Vaccine operations Central Provinces 1886-1899 - 1886-1899
Year: 1886
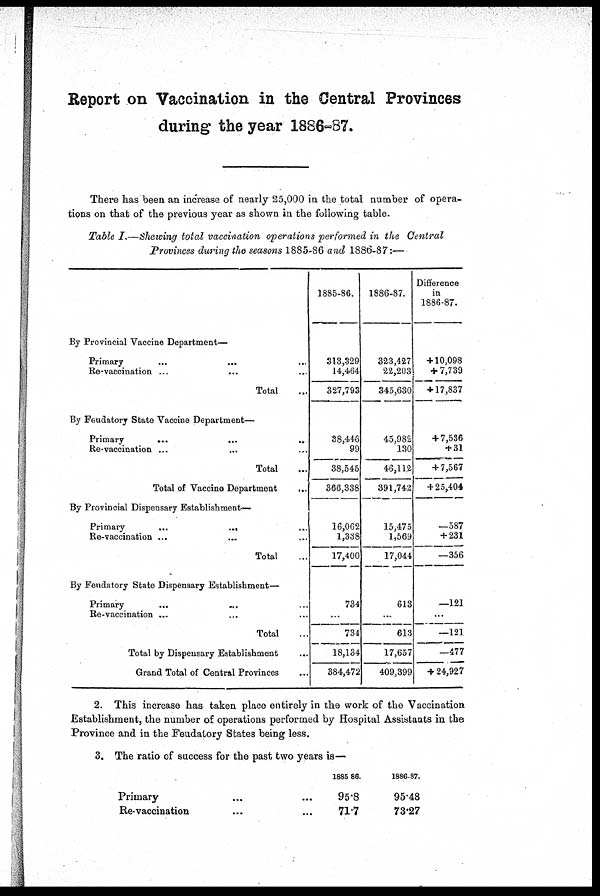
Report on Vaccination in the Central Provinces
during the year 1886-87.
There has been an increase of nearly 25,000 in the total number of opera-
tions on that of the previous year as shown in the following table.
Table I.—Shewing total vaccination operations performed in the Central
Provinces during the seasons 1885-86 and 1886-87:—
By Provincial Vaccine Department—
Primary ... ...
Re-vaccination ...
... ...
Total
By Feudatory State Vaccine Department—
Primary
...
...
..
Re-vaccination ... ... ...
Total
Total of Vaccine Department
...
By Provincial Dispensary Establishment—
Primary
...
...
Re-vaccination ...
Total ...
By Feudatory State Dispensary Establishment—
Primary
...
...
Re-vaccination ... ... ...
Total
Total by Dispensary Establishment
Grand Total of Central Provinces
1885-86.
313,329
14,464
327,793
38,446
99
38,545
366,338
16,062
1,338
17,400
734
...
734
18,134
384,472
1886-87.
323,427
22,203
345,630
45,982
130
46,112
391,742
15,475
1,569
17,044
613
...
613
17,657
409,399
Difference
in
1886-87.
+ 10,098
+ 7,739
+ 17,837
+ 7,536
+ 31
+ 7,567
+ 25,404
—587
+ 231
—356
—121
...
—121
—477
+ 24,927
2. This increase has taken place entirely in the work of the Vaccination
Establishment, the number of operations performed by Hospital Assistants in the
Province and in the Feudatory States being less.
3. The ratio of success for the past two years is—
Primary ... ...
Re-vaccination ... ...
1885-86.
95.8
71.7
1886-87.
95.48
73.27